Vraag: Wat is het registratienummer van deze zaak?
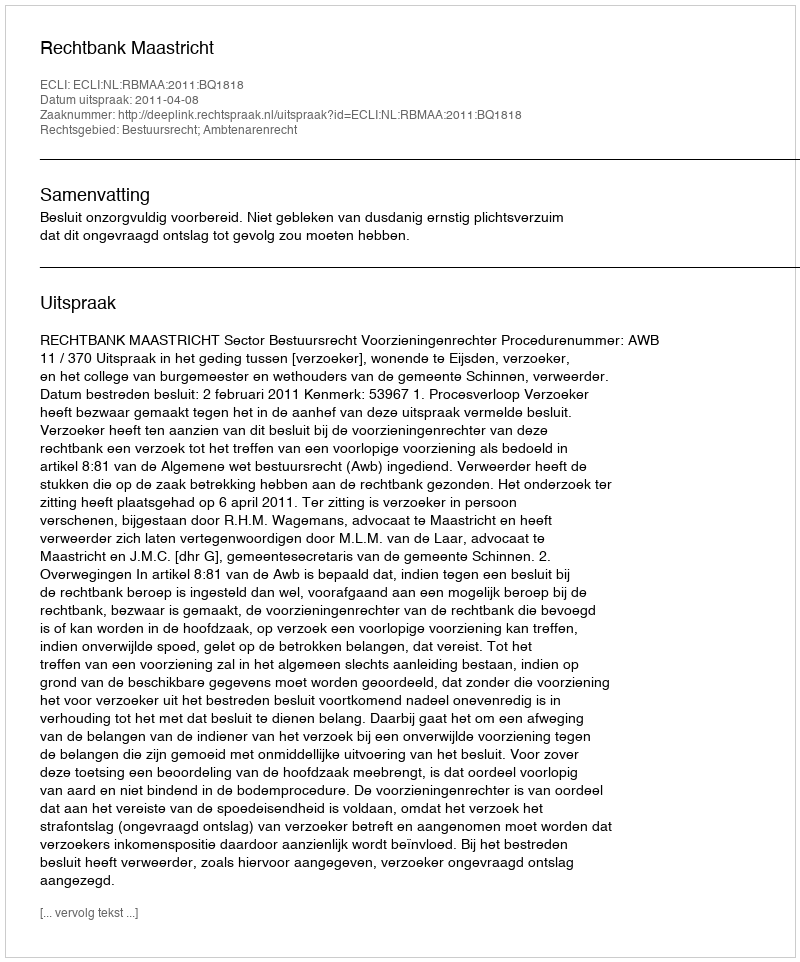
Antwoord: http://deeplink.rechtspraak.nl/uitspraak?id=ECLI:NL:RBMAA:2011:BQ1818